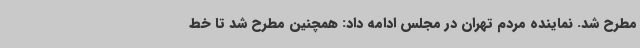
مطرح شد. نماینده مردم تهران در مجلس ادامه داد: همچنین مطرح شد تا خط